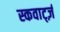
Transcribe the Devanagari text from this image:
स्कवार्ट्ज़